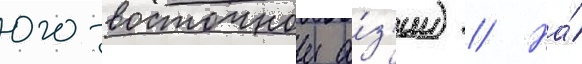
юго-восточнои а́з'ии) // На́